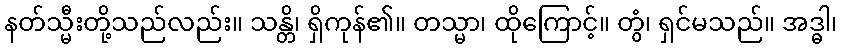
နတ်သ္မီးတို့သည်လည်း။ သန္တိ၊ ရှိကုန်၏။ တသ္မာ၊ ထိုကြောင့်။ တွံ၊ ရှင်မသည်။ အဒ္ဓါ၊